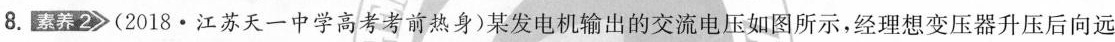
8.素养2 (2018\cdot江苏天一中学高考考前热身)某发电机输出的交流电压如图所示，经理想变压器升压后向远